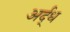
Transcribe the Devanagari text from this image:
अर्द्‌ध